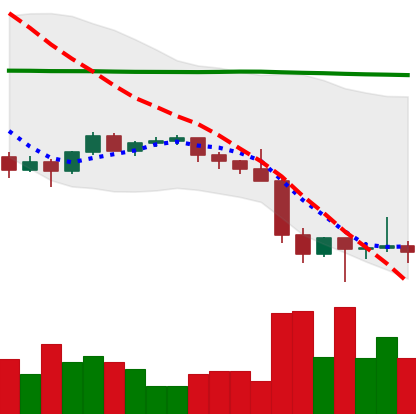
Ticker: ETH-USD
Chart end date: 2022-01-27
Forward return: 15.234%
Label: up_7plus